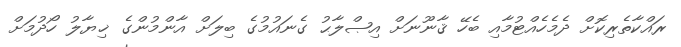
ރައްކާތެރިކޮށް ދެމެހެއްޓުމާއި ބެހޭ ޤާނޫނަށް އިޞްލާޙު ގެނައުމުގެ ބިލަށް އާންމުންގެ ޚިޔާލު ހޯދުމަށް